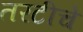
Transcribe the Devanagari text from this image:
तरटीचे